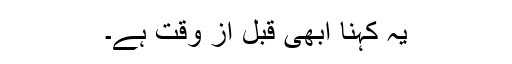
یہ کہنا ابھی قبل از وقت ہے۔